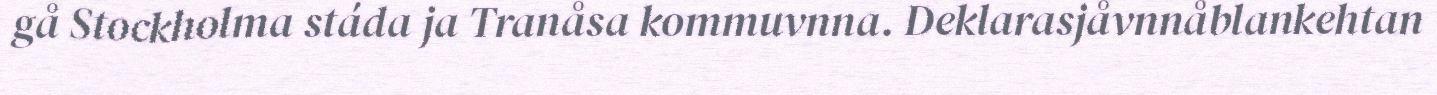
gå Stockholma stáda ja Tranåsa kommuvnna. Deklarasjåvnnåblankehtan